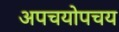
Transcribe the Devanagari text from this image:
अपचयोपचय